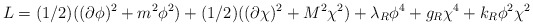
\begin{align*}L = (1/2)((\partial\phi)^2 + m^2\phi^2) + (1/2)((\partial\chi)^2 + M^2\chi^2)+ \lambda_R\phi^4 + g_R\chi^4 + k_R\phi^2\chi^2\end{align*}